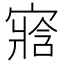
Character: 𡪁